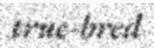
true-bred